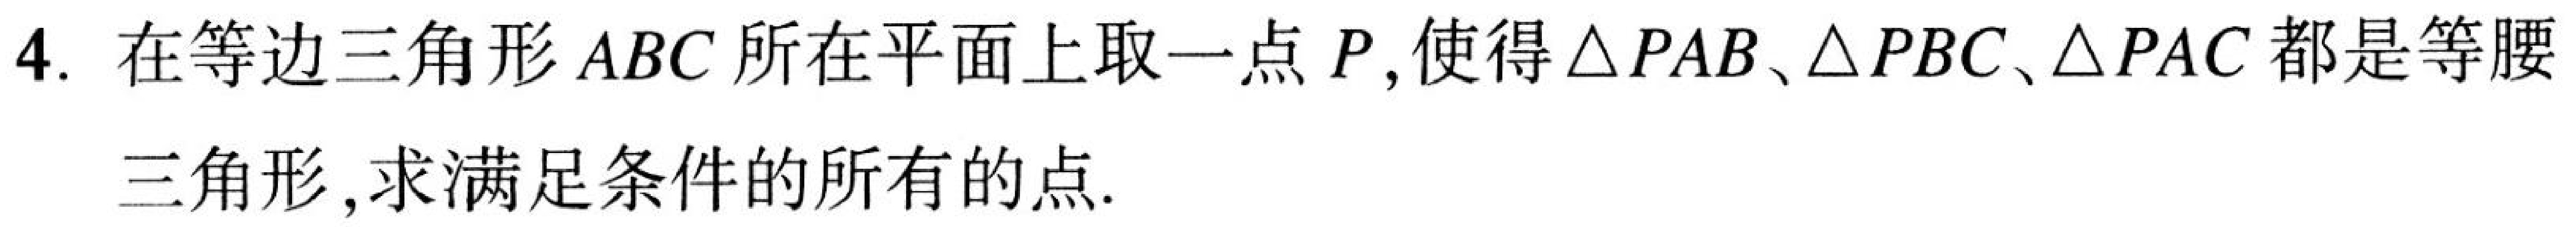
4. 在等边三角形$ABC$所在平面上取一点$P$,使得$\triangle PAB、\triangle PBC、\triangle PAC$都是等腰
三角形,求满足条件的所有的点.